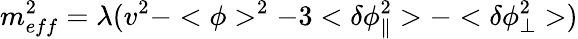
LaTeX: m_{eff}^{2}=\lambda(v^{2}-<\phi>^{2}-3<\delta\phi_{\| }^{2}>-<\delta\phi_{\bot}^{2}>)